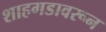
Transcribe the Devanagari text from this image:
शाहगडावरून